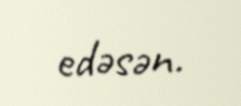
edəsən.